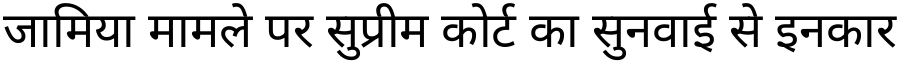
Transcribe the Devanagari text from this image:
जामिया मामले पर सुप्रीम कोर्ट का सुनवाई से इनकार